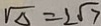
\sqrt { \Delta } = 2 \sqrt { 7 }